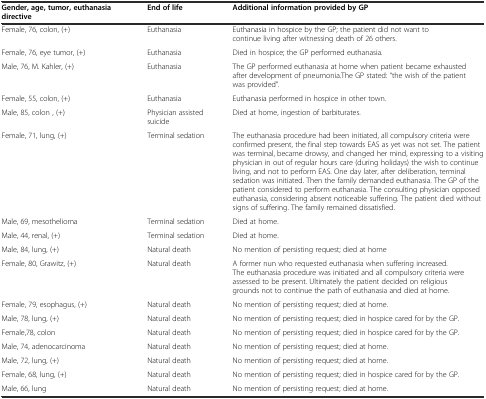
| Gender, age, tumor, euthanasia directive | End of life | Additional information provided by GP |
 | --- | --- | --- |
 | Female, 76, colon, (+) | Euthanasia | Euthanasia in hospice by the GP; the patient did not want to continue living after witnessing death of 26 others. |
 | Female, 76, eye tumor, (+) | Euthanasia | Died in hospice; the GP performed euthanasia. |
 | Male, 76, M. Kahler, (+) | Euthanasia | The GP performed euthanasia at home when patient became exhausted after development of pneumonia.The GP stated: “the wish of the patient was provided”. |
 | Female, 55, colon, (+) | Euthanasia | Euthanasia performed in hospice in other town. |
 | Male, 85, colon , (+) | Physician assisted suicide | Died at home, ingestion of barbiturates. |
 | Female, 71, lung, (+) | Terminal sedation | The euthanasia procedure had been initiated, all compulsory criteria were confirmed present, the final step towards EAS as yet was not set. The patient was terminal, became drowsy, and changed her mind, expressing to a visiting physician in out of regular hours care (during holidays) the wish to continue living, and not to perform EAS. One day later, after deliberation, terminal sedation was initiated. Then the family demanded euthanasia. The GP of the patient considered to perform euthanasia. The consulting physician opposed euthanasia, considering absent noticeable suffering. The patient died without signs of suffering. The family remained dissatisfied. |
 | Male, 69, mesothelioma | Terminal sedation | Died at home. |
 | Male, 44, renal, (+) | Terminal sedation | Died at home. |
 | Male, 84, lung, (+) | Natural death | No mention of persisting request; died at home |
 | Female, 80, Grawitz, (+) | Natural death | A former nun who requested euthanasia when suffering increased. The euthanasia procedure was initiated and all compulsory criteria were assessed to be present. Ultimately the patient decided on religious grounds not to continue the path of euthanasia and died at home. |
 | Female, 79, esophagus, (+) | Natural death | No mention of persisting request; died at home. |
 | Male, 78, lung, (+) | Natural death | No mention of persisting request; died in hospice cared for by the GP. |
 | Female,78, colon | Natural death | No mention of persisting request; died in hospice cared for by the GP. |
 | Male, 74, adenocarcinoma | Natural death | No mention of persisting request; died at home. |
 | Male, 72, lung, (+) | Natural death | No mention of persisting request; died at home. |
 | Female, 68, lung, (+) | Natural death | No mention of persisting request; died in hospice cared for by the GP. |
 | Male, 66, lung | Natural death | No mention of persisting request; died at home. |